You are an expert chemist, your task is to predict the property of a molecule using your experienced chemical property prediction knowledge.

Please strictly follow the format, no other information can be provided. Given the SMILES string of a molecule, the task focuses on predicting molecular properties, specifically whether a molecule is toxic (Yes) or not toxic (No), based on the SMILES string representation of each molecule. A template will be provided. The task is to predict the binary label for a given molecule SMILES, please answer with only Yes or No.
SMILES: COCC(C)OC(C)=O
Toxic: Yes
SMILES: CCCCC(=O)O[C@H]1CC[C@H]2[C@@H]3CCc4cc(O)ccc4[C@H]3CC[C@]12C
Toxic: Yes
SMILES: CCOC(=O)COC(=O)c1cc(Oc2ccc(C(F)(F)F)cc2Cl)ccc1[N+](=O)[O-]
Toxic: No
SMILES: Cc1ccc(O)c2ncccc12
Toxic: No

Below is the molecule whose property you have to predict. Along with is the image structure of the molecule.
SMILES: S=C=S
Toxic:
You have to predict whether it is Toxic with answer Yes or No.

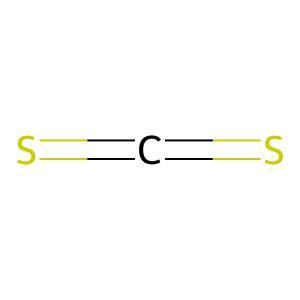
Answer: No